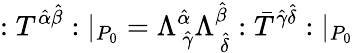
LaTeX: :T^{\hat{\alpha}\hat{\beta}}:|_{P_{0}}=\Lambda_{\ \hat{\gamma}}^{\hat{\alpha}}\Lambda_{\ \hat{\delta}}^{\hat{\beta}}:\bar{T}^{\hat{\gamma}\hat{\delta}}:|_{P_{0}}